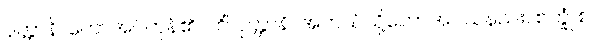
ဝုတ္တာနိ၊ ဟောအပ်ကုန်၏။ ကိံ ဝုတ္တာနိ၊ အဘယ်သို့ဟောအပ်သနည်း။ စက္ခုံ စ၊